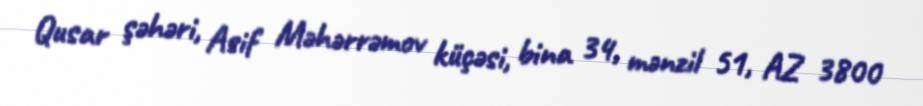
Qusar şəhəri, Asif Məhərrəmov küçəsi, bina 34, mənzil 51, AZ 3800